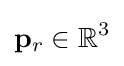
\mathbf {p} _{r}\in \mathbb {R} ^{3}